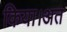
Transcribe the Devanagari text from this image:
किया।अत